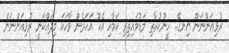
ރުޅިއަންނަން އިނގޭ.. ހީނުކުރާތި މަޑުމައިތިރި ކަމާއި އެކު އަހަރެން ވާހަކަ މިދައްކަނީ ރުޅިއަންނަން